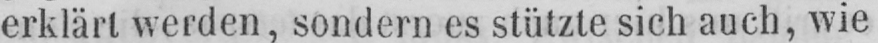
erklärt werden, sondern es stützte sich auch, wie